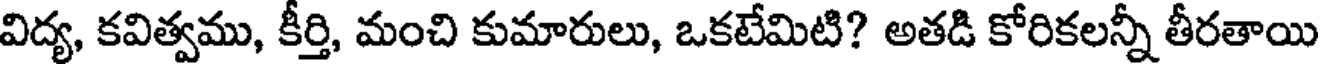
విద్య, కవిత్వము, కీర్తి, మంచి కుమారులు, ఒకటేమిటి? అతడి కోరికలన్నీ తీరతాయి